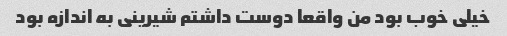
خیلی خوب بود من واقعا دوست داشتم شیرینی به اندازه بود